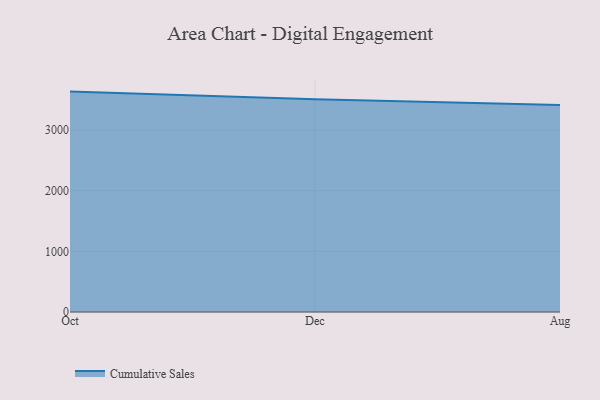
{"axis": {"x": "Month", "y": "Website Visitors"}, "legend": ["Cumulative Sales"], "data": [{"x": "Oct", "y": 3634.1, "type": "Cumulative Sales"}, {"x": "Dec", "y": 3508.9, "type": "Cumulative Sales"}, {"x": "Aug", "y": 3414.3, "type": "Cumulative Sales"}]}